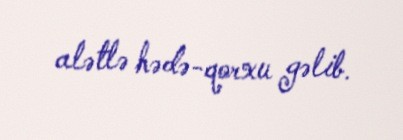
alətlə hədə-qorxu gəlib.